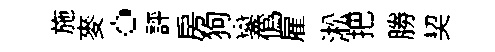
施麥。評房狗鑾僞雇淞把勝契